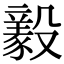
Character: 𣫖